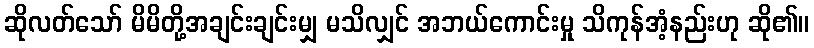
ဆိုလတ်သော် မိမိတို့အချင်းချင်းမျှ မသိလျှင် အဘယ်ကောင်းမှု သိကုန်အံ့နည်းဟု ဆို၏။